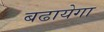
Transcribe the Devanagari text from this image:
बढायेगा